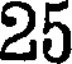
25